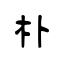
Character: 朴